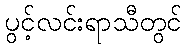
ပွင့်လင်းရာသီတွင်